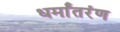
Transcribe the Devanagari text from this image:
धर्मांतरंण